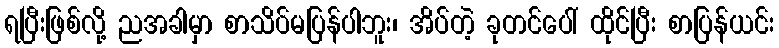
ရပြီးဖြစ်လို့ ညအခါမှာ စာသိပ်မပြန်ပါဘူး၊ အိပ်တဲ့ ခုတင်ပေါ် ထိုင်ပြီး စာပြန်ယင်း